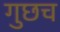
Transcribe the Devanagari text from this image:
गुछच